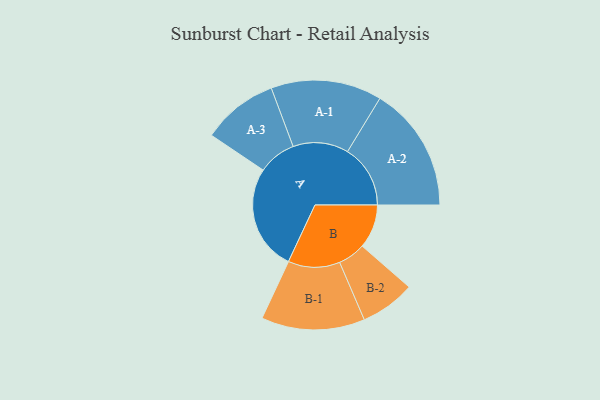
{"axis": {"x": "Segment", "y": "Value"}, "legend": ["", "A", "B"], "data": [{"x": "A", "y": 431, "type": ""}, {"x": "B", "y": 179, "type": ""}, {"x": "A-1", "y": 226, "type": "A"}, {"x": "A-2", "y": 256, "type": "A"}, {"x": "A-3", "y": 155, "type": "A"}, {"x": "B-1", "y": 211, "type": "B"}, {"x": "B-2", "y": 112, "type": "B"}]}